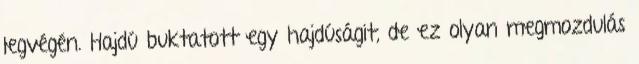
legvégén. Hajdú buktatott egy hajdúságit, de ez olyan megmozdulás